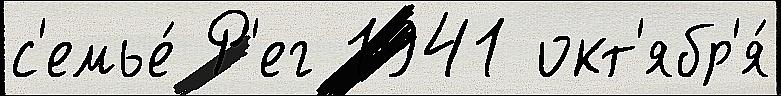
с'емье́ Р'ег 1941 окт'ябр'я́